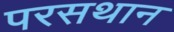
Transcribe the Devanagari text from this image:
परसथान